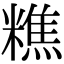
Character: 𥼚